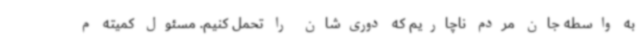
به واسطه جان مردم ناچاریم که دوری‌شان را تحمل کنیم. مسئول کمیته م